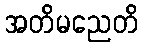
အတိမညေတိ